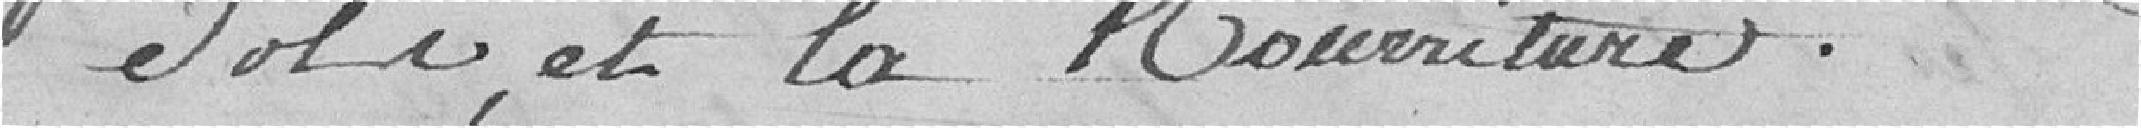
sols, et la nourriture.